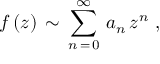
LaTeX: f \, ( z ) \, \sim \, \sum _ { n \, = \, 0 } ^ { \infty } \, a _ { n } \, z ^ { n } \, \, ,